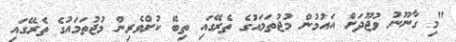
"މި ގާނޫނު ވުޖޫދަށް އައުމުން މުޖުތަމައުގެ ތެރޭގައި ތިބޭ ކުށްވެރިން މުޖުތަމައުގެ ތެރޭގައި